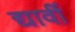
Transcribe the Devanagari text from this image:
द्यावीं